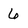
Character: 6